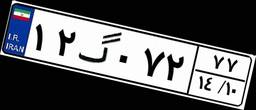
۳۰گ۷۱۲۳۷